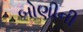
બોણીની